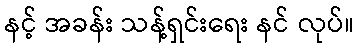
နင့် အခန်း သန့်ရှင်းရေး နင် လုပ်။